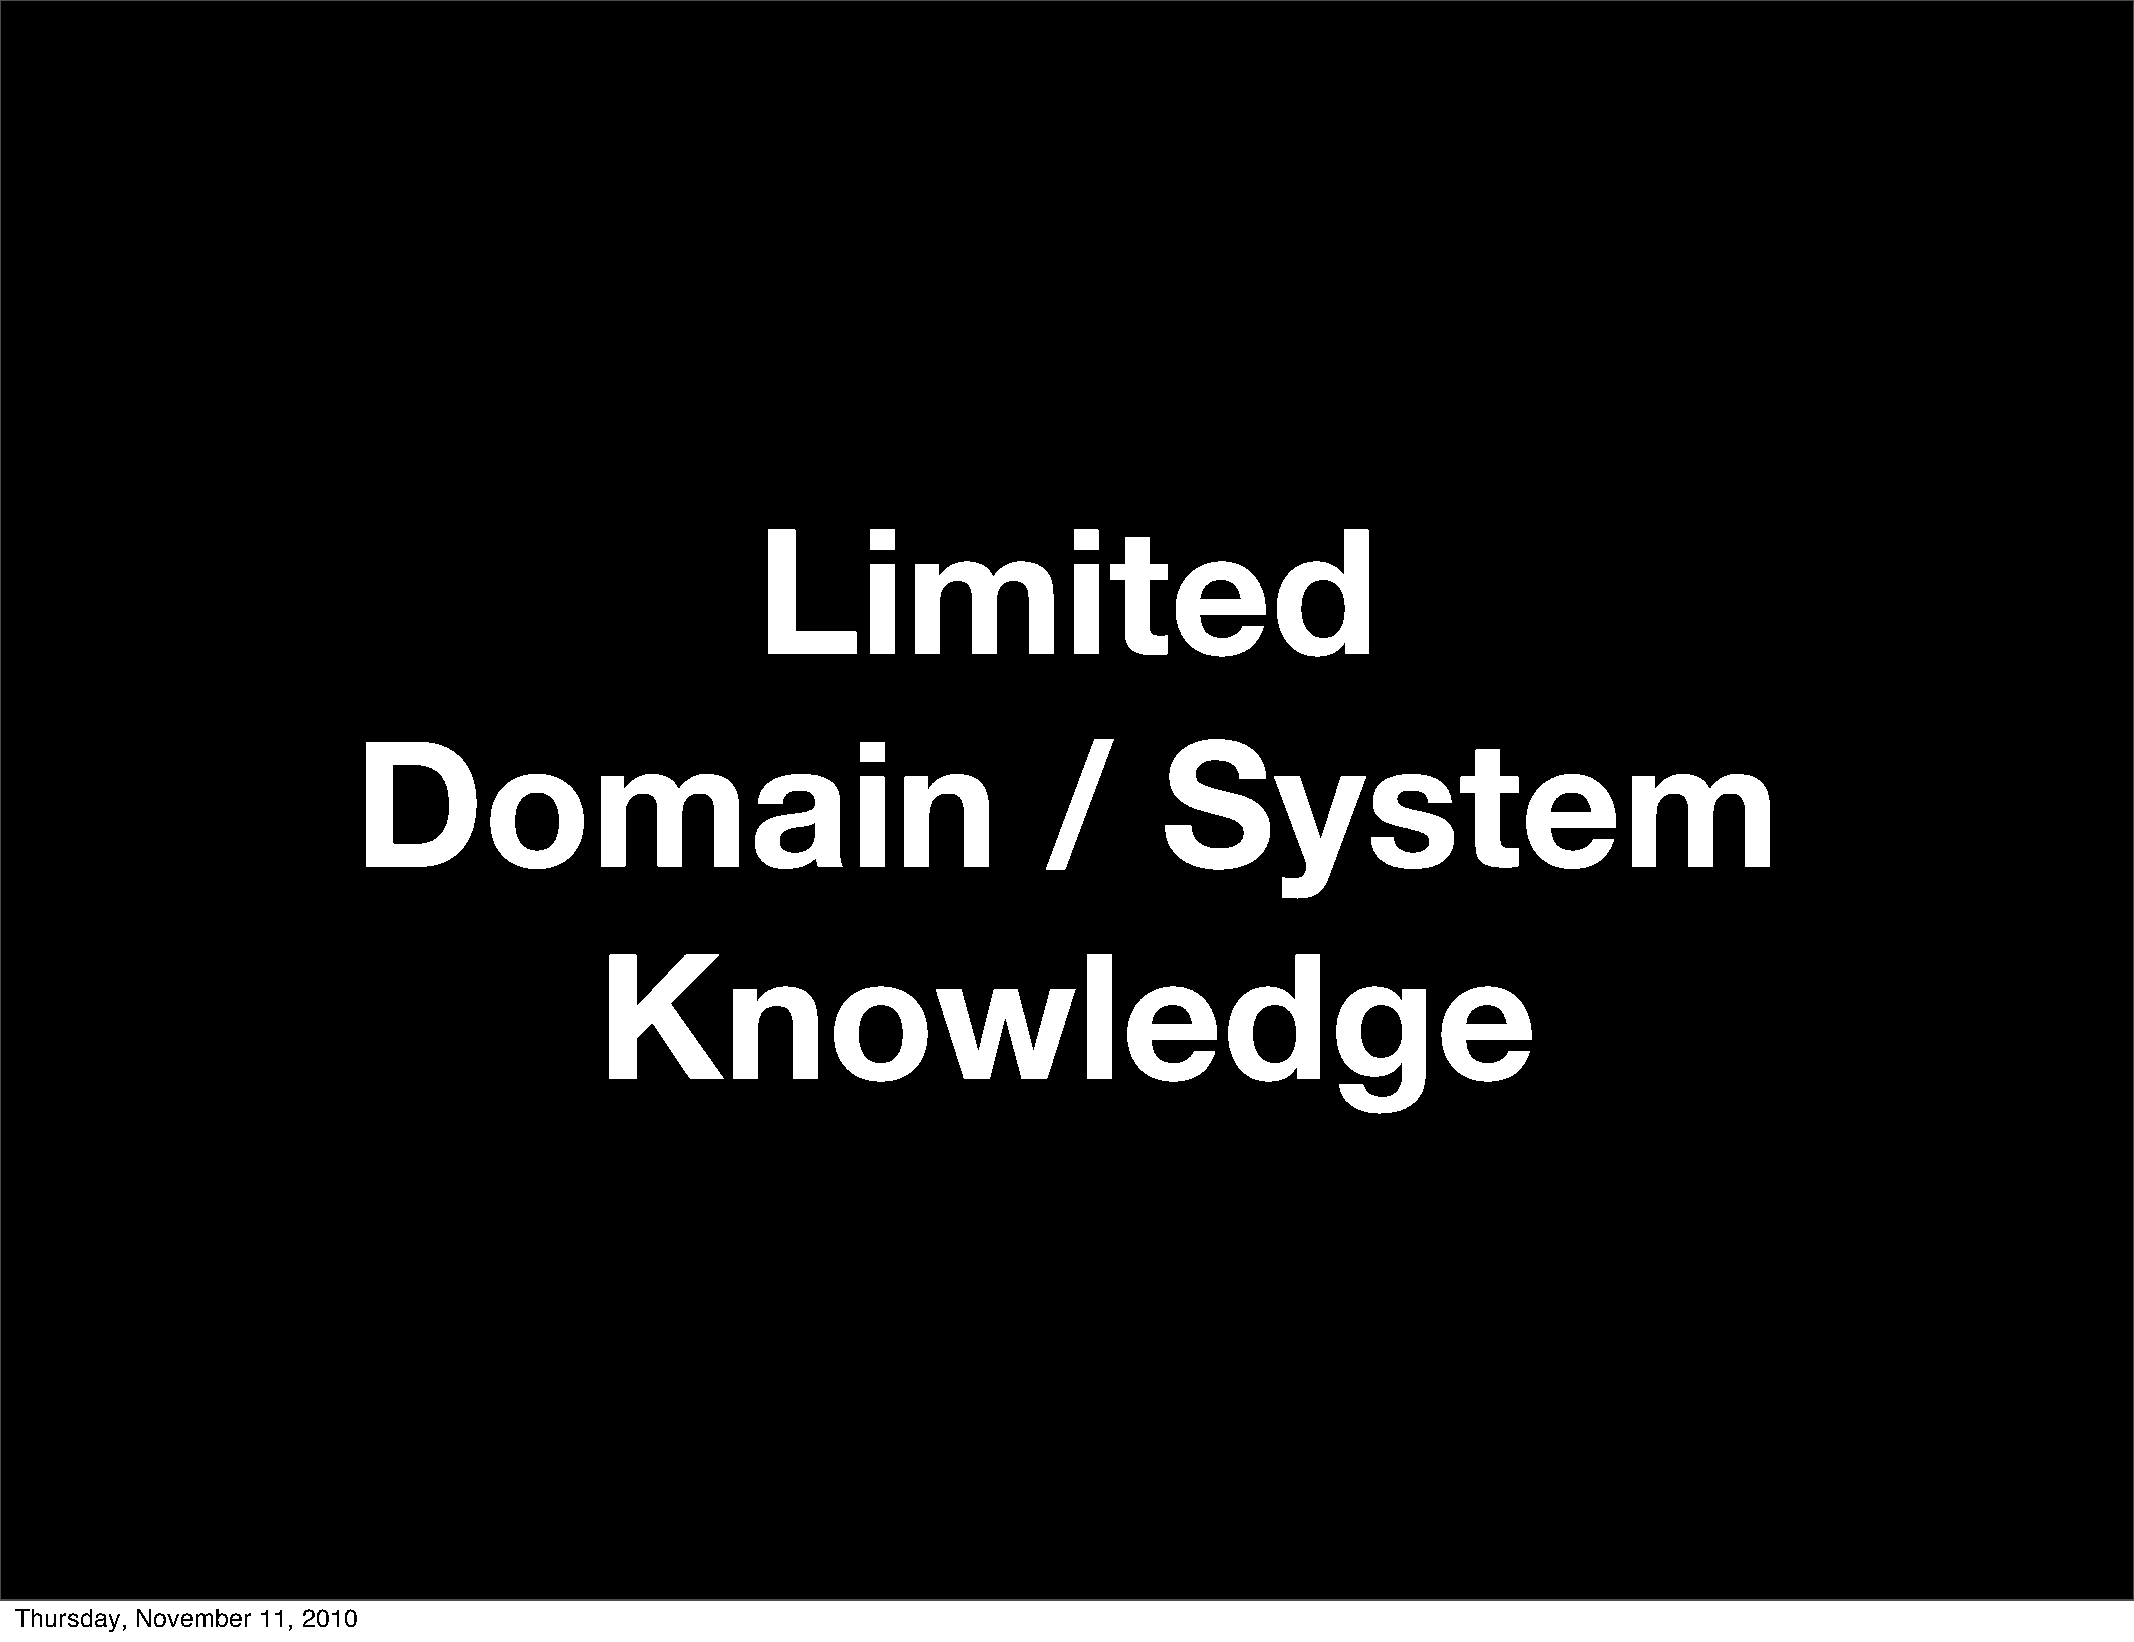
Limited
 Domain                                        /       System
 Knowledge
 Thursday, November 11, 2010